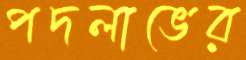
পদলাভের